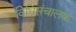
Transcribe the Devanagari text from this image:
विधिसंचालक